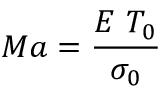
M a = \frac { E ~ T _ { 0 } } { \sigma _ { 0 } }